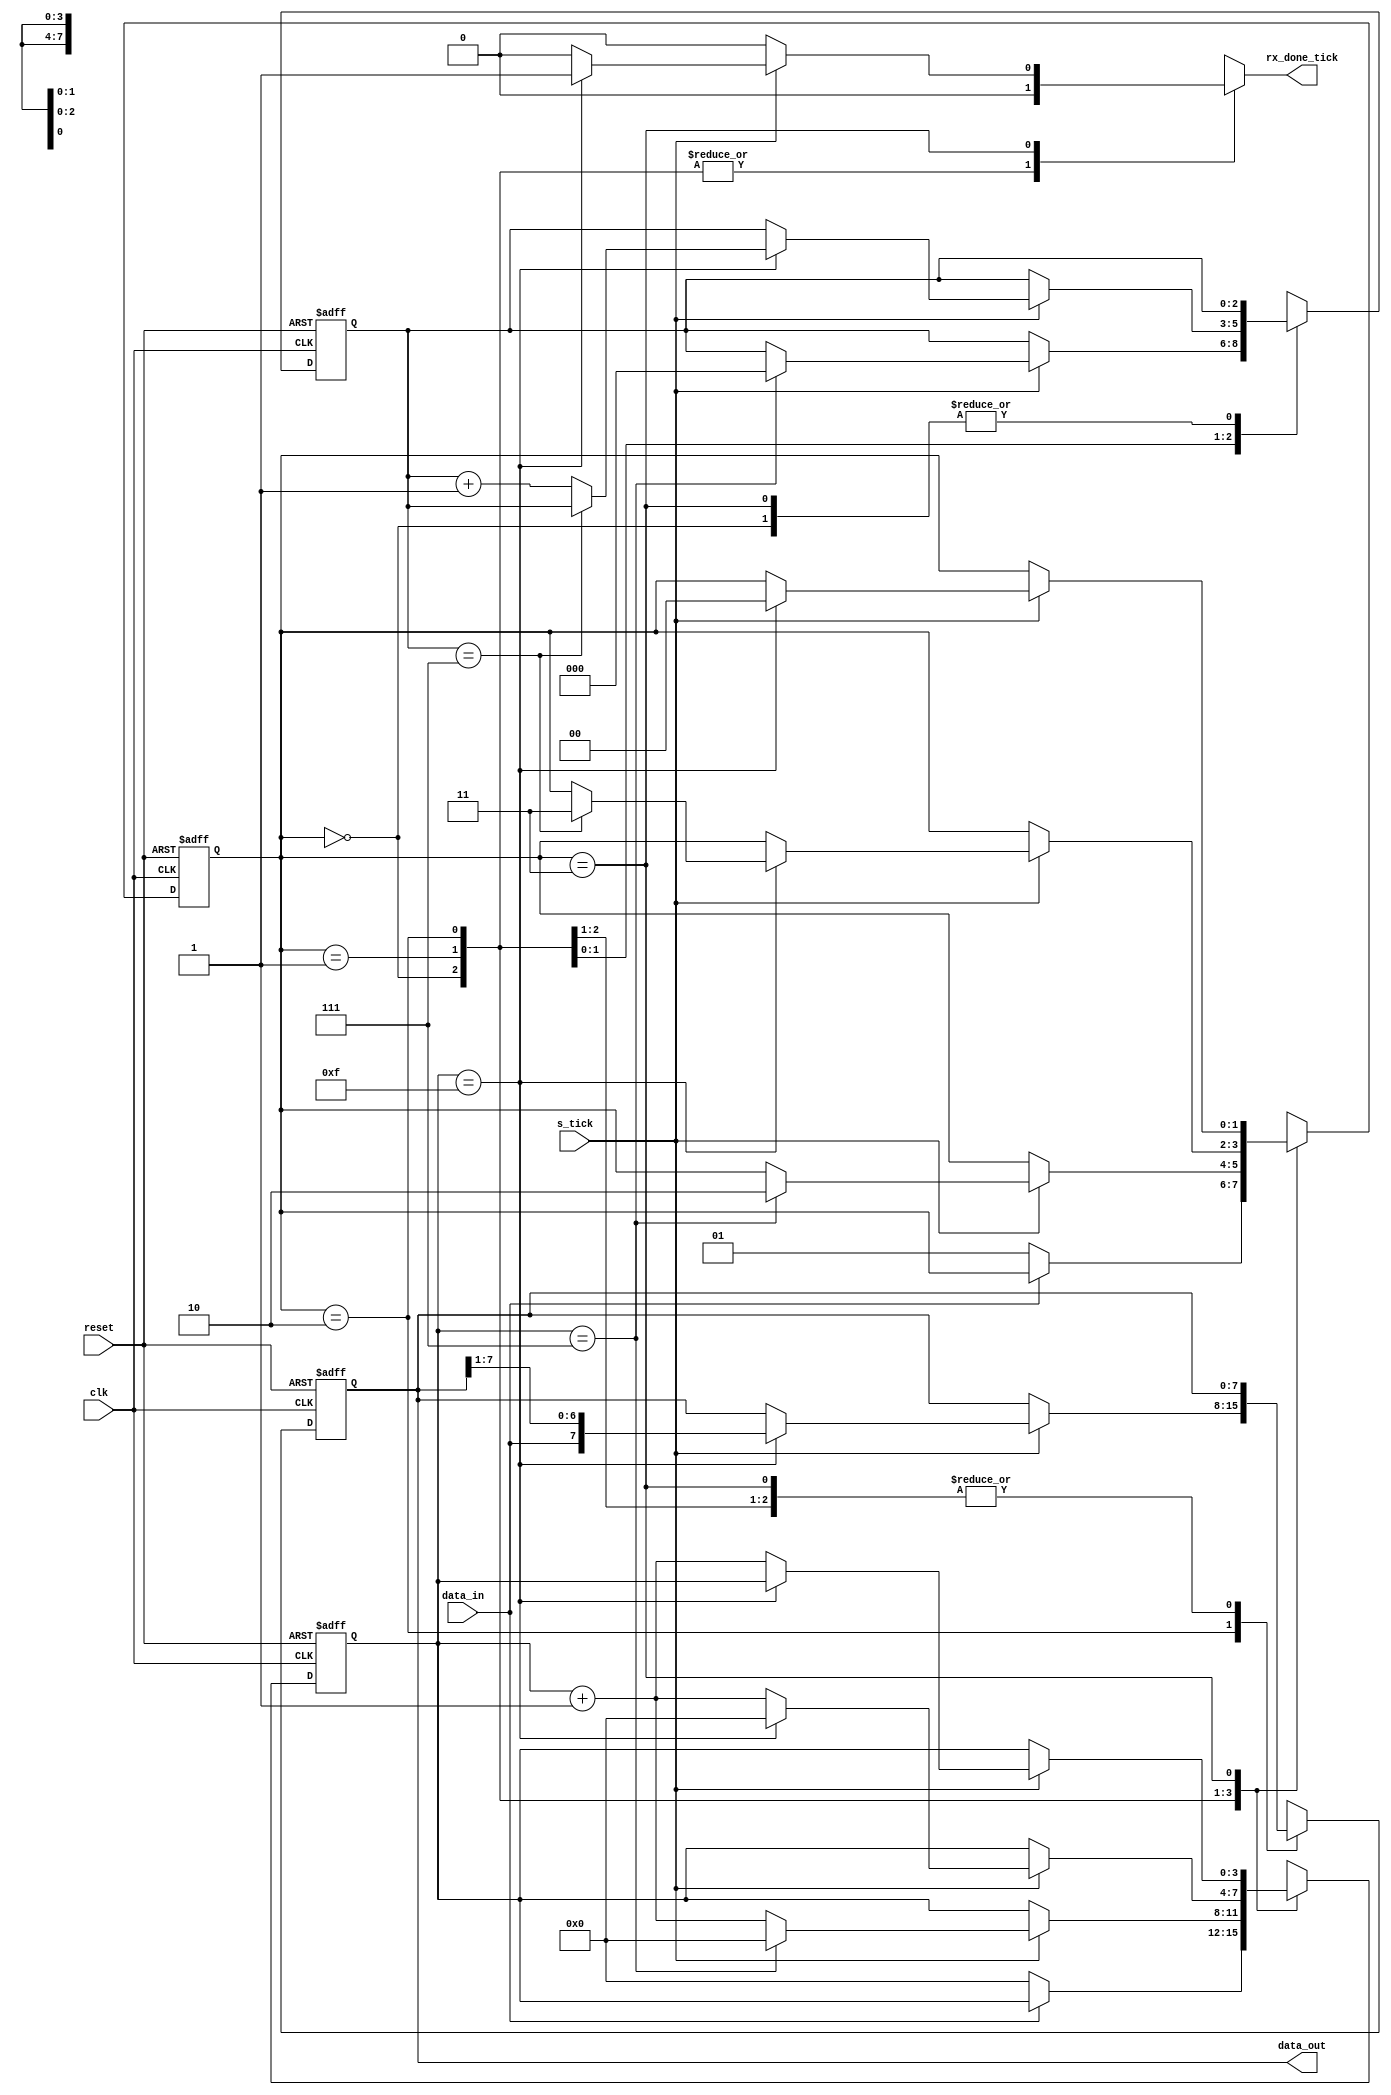
module uart_rx_22
  #(
    parameter DBIT = 8,				
    SB_TICK = 16			
  )
  ( 
    input wire clk,
    input wire reset,
    input wire data_in,
    input wire s_tick,
    output reg rx_done_tick,
    output wire [7:0] data_out
  );
  localparam [1:0]
  idle  = 2'b00,
  start = 2'b01,
  data  = 2'b10,
  stop  = 2'b11;
  reg [1:0] state_reg, state_next;
  reg [3:0] cnt_15_reg, cnt_15_next;
  reg [2:0] cnt_8_reg, cnt_8_next;
  reg [7:0] shift_out_reg, shift_out_next;
  always@(posedge clk, posedge reset)
    if (reset)
      begin
        state_reg <= idle;
        cnt_15_reg <= 0;
        cnt_8_reg <= 0;
        shift_out_reg <= 0;
      end
  else
    begin
      state_reg <= state_next;
      cnt_15_reg <= cnt_15_next;
      cnt_8_reg <= cnt_8_next;
      shift_out_reg <= shift_out_next;
    end
  always@*
    begin
      state_next = state_reg ;
      cnt_15_next = cnt_15_reg;
      cnt_8_next = cnt_8_reg;
      shift_out_next = shift_out_reg;
      rx_done_tick = 1'b0;
      case (state_reg)
        idle:
          if(~data_in)
            begin
              state_next = start;
              cnt_15_next = 0;
            end
        start:
          if (s_tick)
            if(cnt_15_reg==7)
              begin
                state_next=data;
                cnt_15_next=0;
                cnt_8_next=0;
              end
        else
          cnt_15_next = cnt_15_reg+1'b1;
        data:
          if(s_tick)
            if(cnt_15_reg==15)
              begin
                cnt_15_next=0;
                shift_out_next = {data_in, shift_out_reg[7:1]};
                if(cnt_8_reg==(DBIT-1))
                  state_next=stop;
                else
                  cnt_8_next=cnt_8_reg+1'b1;
              end
        else
          cnt_15_next=cnt_15_reg+1'b1;
        stop:
          if(s_tick)
            if(cnt_15_reg==(SB_TICK-1))
              begin
                state_next=idle;
                rx_done_tick=1'b1;
              end
        else
          cnt_15_next = cnt_15_reg+1'b1;
      endcase
    end
    assign data_out = shift_out_reg;
endmodule